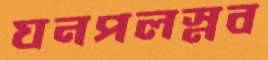
ঘনপলস্নব